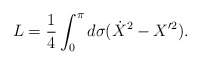
\begin{align*} L=\frac{1}{4}\int _0^\pi d\sigma (\dot{X}^2-X'^2).\end{align*}